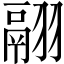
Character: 翮